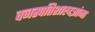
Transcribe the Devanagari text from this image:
वनस्पतिशास्त्रज्ञांना